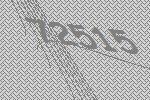
72515